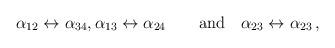
LaTeX: \begin{align*}\alpha_{12} \leftrightarrow \alpha_{34}, \alpha_{13} \leftrightarrow \alpha_{24}\qquad\mbox{and} \quad\alpha_{23} \leftrightarrow \alpha_{23}\,,\end{align*}